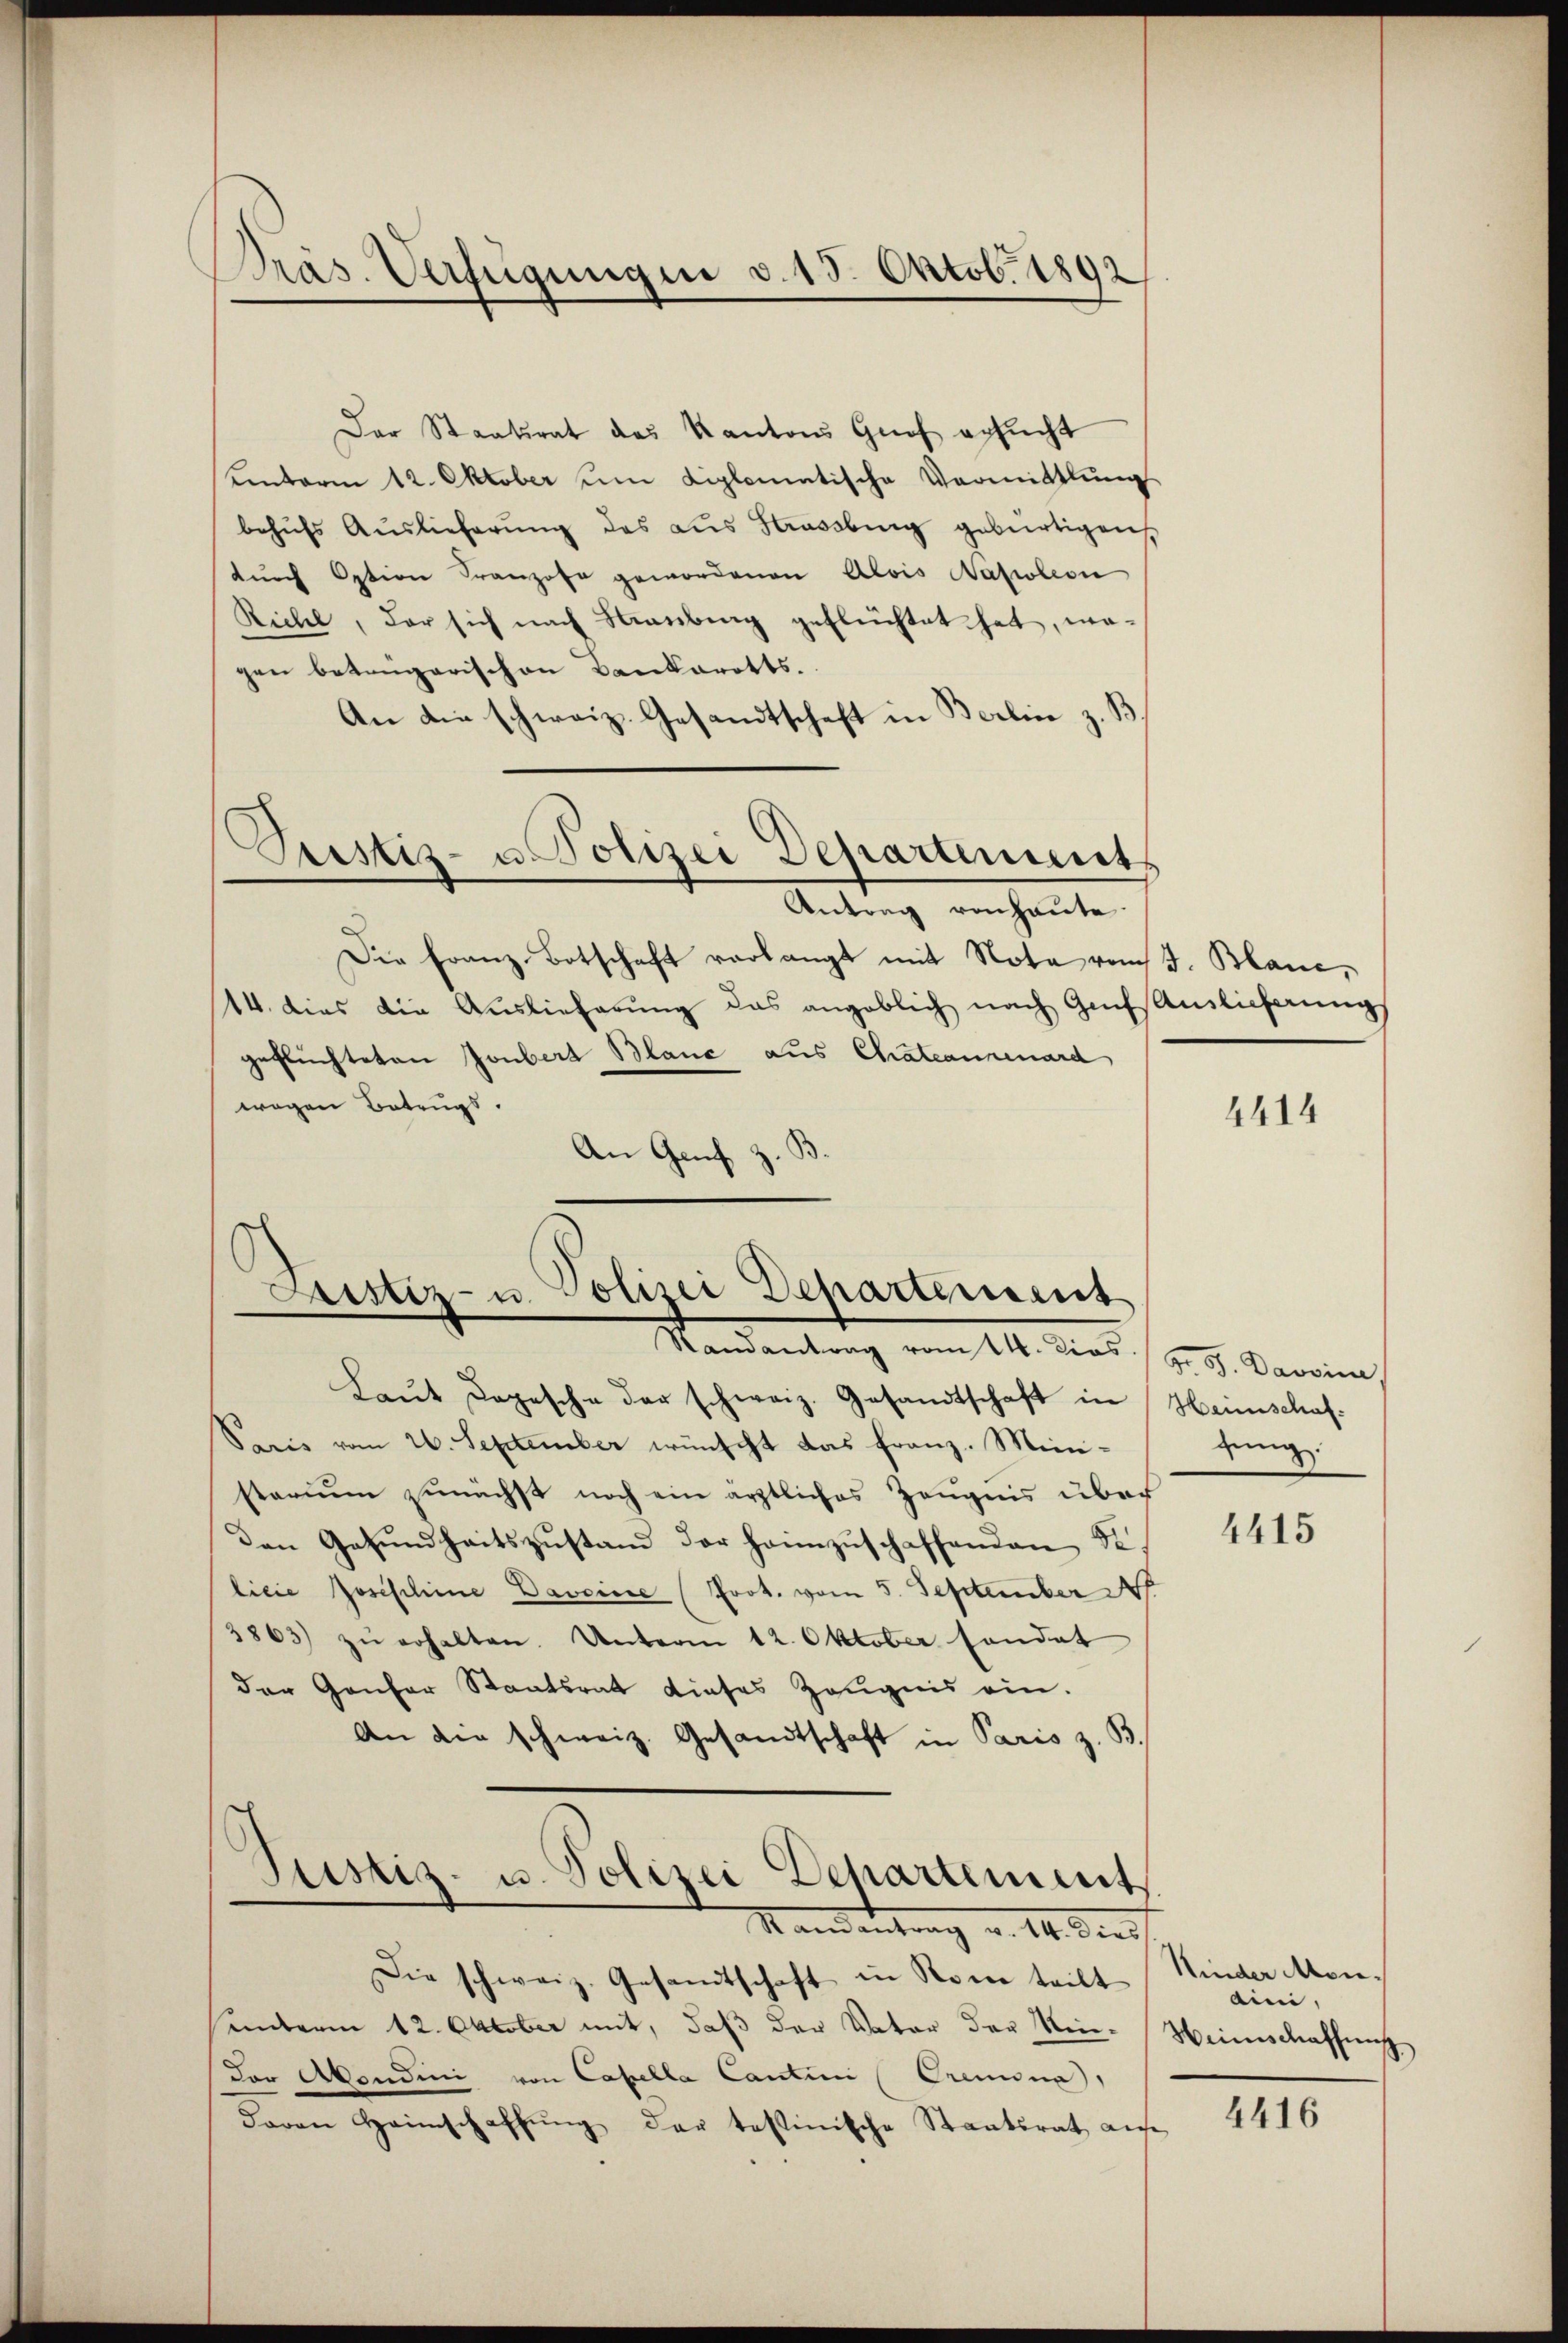
Präs. Verfügungen v. 15. Oktobr. 1892

Der Staatsrat des Kantons Graf ersucht
unterm 12. Oktober um diplomatische Vermittlung
behŭfs Auslieferŭng des aŭs Strassburg gebürtigen,
dŭrch Option Franzose gewordenen Alois Napoleon
Riche, der sich nach Straubung geflüchtet hat, ma-
gen betrügerischen Bankarotts.
An die schweiz. Gesandtschaft in Berlin z.
Justiz- u. Polizei Departement
Antrag von haute.
Die Franz Botschaft verlangt mit Nota vom J. Blanc,
14. dies die Auslieferung das angeblich nach Gefsamlicherungs
geflüchteten Jonbert Blanc aus Chateaurenard
wegen Betrugs.
An Genf z.

Justiz- u. Polizei Departement
Randantrag vom 14. Dies / Hr. G. Davoine,

Justiz- u. Polizei Departement
Stand antrag v. 14. Ders

Laŭt Depesche der schweiz. Gesandtschaft in Heimschaf
Saris vom 26. September wünscht das Franz-Ministarium zunächst noch ein ärztliches Zeugnis über
den Gesundheitszustand der heimzuschaffenden St
licie Josischine Daveine Prot. vom 5. September
3863) zŭ erhalten. Unterm 12. Oktober sondet
der Genfer Staatsrat dieses Zeugnis ein.
An die schweiz. Gesandtschaft in Paris z. B.

Die schweiz. Gesandtschaft in Rome teilt
unterm 12. Oktober mit, daβ der Vater der Men-Weinschaffung
der Abendini von Capella Cantini Cremina,
davon Heimschaffŭng der tessinische Staatsrat auf

4414

dung.

4415

Kinder Mon.
aini,

4416